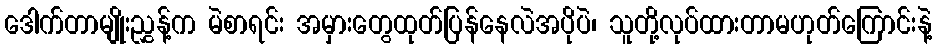
ဒေါက်တာမျိုးညွှန့်က မဲစာရင်း အမှားတွေထုတ်ပြန်နေလဲအပိုပဲ၊ သူတို့လုပ်ထားတာမဟုတ်ကြောင်းနဲ့